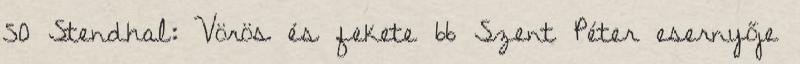
50 Stendhal: Vörös és fekete 66 Szent Péter esernyője